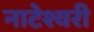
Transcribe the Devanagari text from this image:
नाटेश्वरी